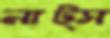
নাট্স